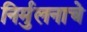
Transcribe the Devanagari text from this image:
निर्मुलनाचे